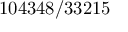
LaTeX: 1 0 4 3 4 8 / 3 3 2 1 5